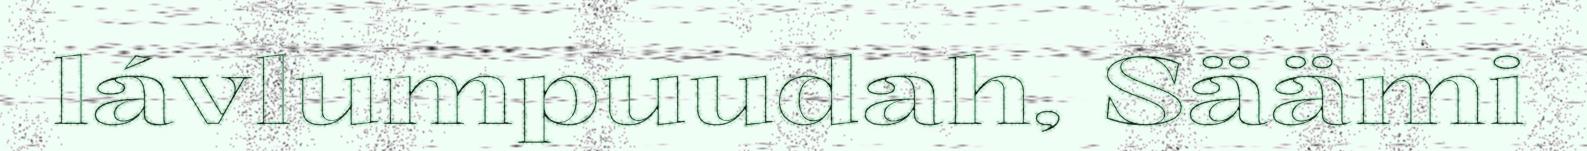
lávlumpuudah, Säämi